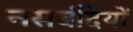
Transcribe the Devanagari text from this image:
नसबंदियों